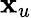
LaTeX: \textbf{x}_{u}